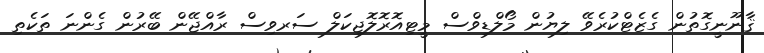
ޤާނޫނީގޮތުން ގެޒެޓްކުރެވޭ ލިޔުން މޯލްޑިވްސް މީޓިއޮރޮލޮޖިކަލް ސަރވިސް ރާއްޖޭން ބޭރުން ގެންނަ ތަކެތި